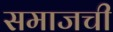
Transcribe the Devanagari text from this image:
समाजची